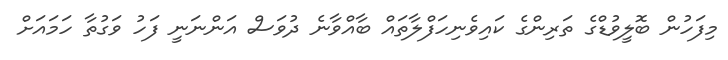
މިފަހުން ބޮލީވުޑްގެ ތަރިންގެ ކައިވެނިހަފްލާތައް ބާއްވާނެ ދުވަސް އަންނަނީ ފަހު ވަގުތާ ހަމައަށް